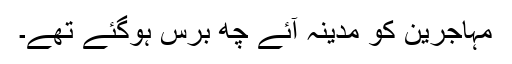
مہاجرین کو مدینہ آئے چھ برس ہوگئے تھے۔